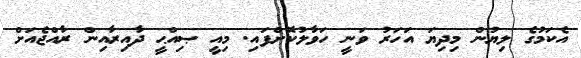
އެކަމުގެ ލިޔުން މިދިޔަ އަހަރު ވަނީ ހަވާލުކޮށްފައި. މިއީ ޞިއްޙީ ދާއިރާއިން ރާއްޖެއަށް